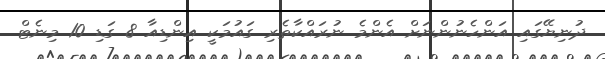
ދުނިޔޭގައި އަންހެނުންނަށް އެންމެ ނުރައްކާތެރި ގައުމަކީ އިންޑިއާ 8 ގަޑި 10 މިނެޓް